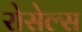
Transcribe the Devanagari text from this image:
रोसेल्स